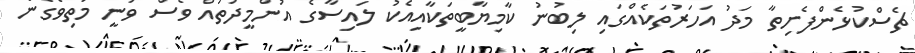
ޗެސްކުޅެންފެށިތާ މަދު އަހަރުތަކެއްގައި ލިބުނު ކާމިޔާބީތަކާއިއެކު ލައިސާގެ އުންމީދުތައް ވެސް ވަނީ މަތިވެގެން